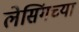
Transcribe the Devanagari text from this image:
लेसिंगच्या